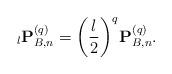
LaTeX: \begin{align*}{}_l{\mathbf{P}}_{B,n}^{(q)} = {\left( {\frac{l}{2}} \right)^q}{\mkern 1mu} {\mathbf{P}}_{B,n}^{(q)}.\end{align*}